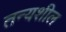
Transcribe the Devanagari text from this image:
तन्यशील